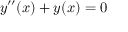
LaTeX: y ^ { \prime \prime } ( x ) + y ( x ) = 0